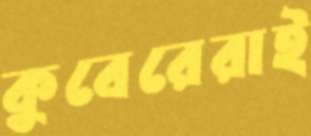
কুবেরেরাই